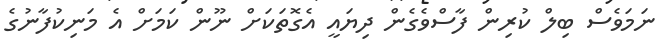
ނަމަވެސް ބިލް ކުރިން ފާސްވެގެން ދިޔައީ އެގޮތަކަށް ނޫން ކަމަށް އެ މަނިކުފާނުގެ